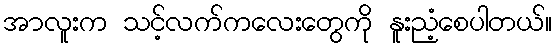
အာလူးက သင့်လက်ကလေးတွေကို နူးညံ့စေပါတယ်။